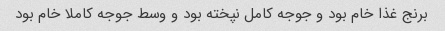
برنج غذا خام بود و جوجه کامل نپخته بود و وسط جوجه کاملا خام بود